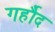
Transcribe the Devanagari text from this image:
गर्हौद